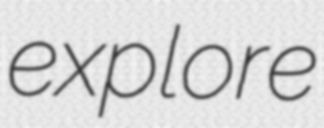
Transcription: explore